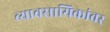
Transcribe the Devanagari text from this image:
व्यावसायिकांवर